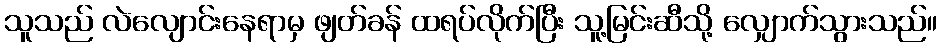
သူသည် လဲလျောင်းနေရာမှ ဖျတ်ခန် ထရပ်လိုက်ပြီး သူ့မြင်းဆီသို့ လျှောက်သွားသည်။